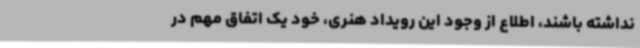
نداشته باشند، اطلاع از وجود این رویداد هنری، خود یک اتفاق مهم در